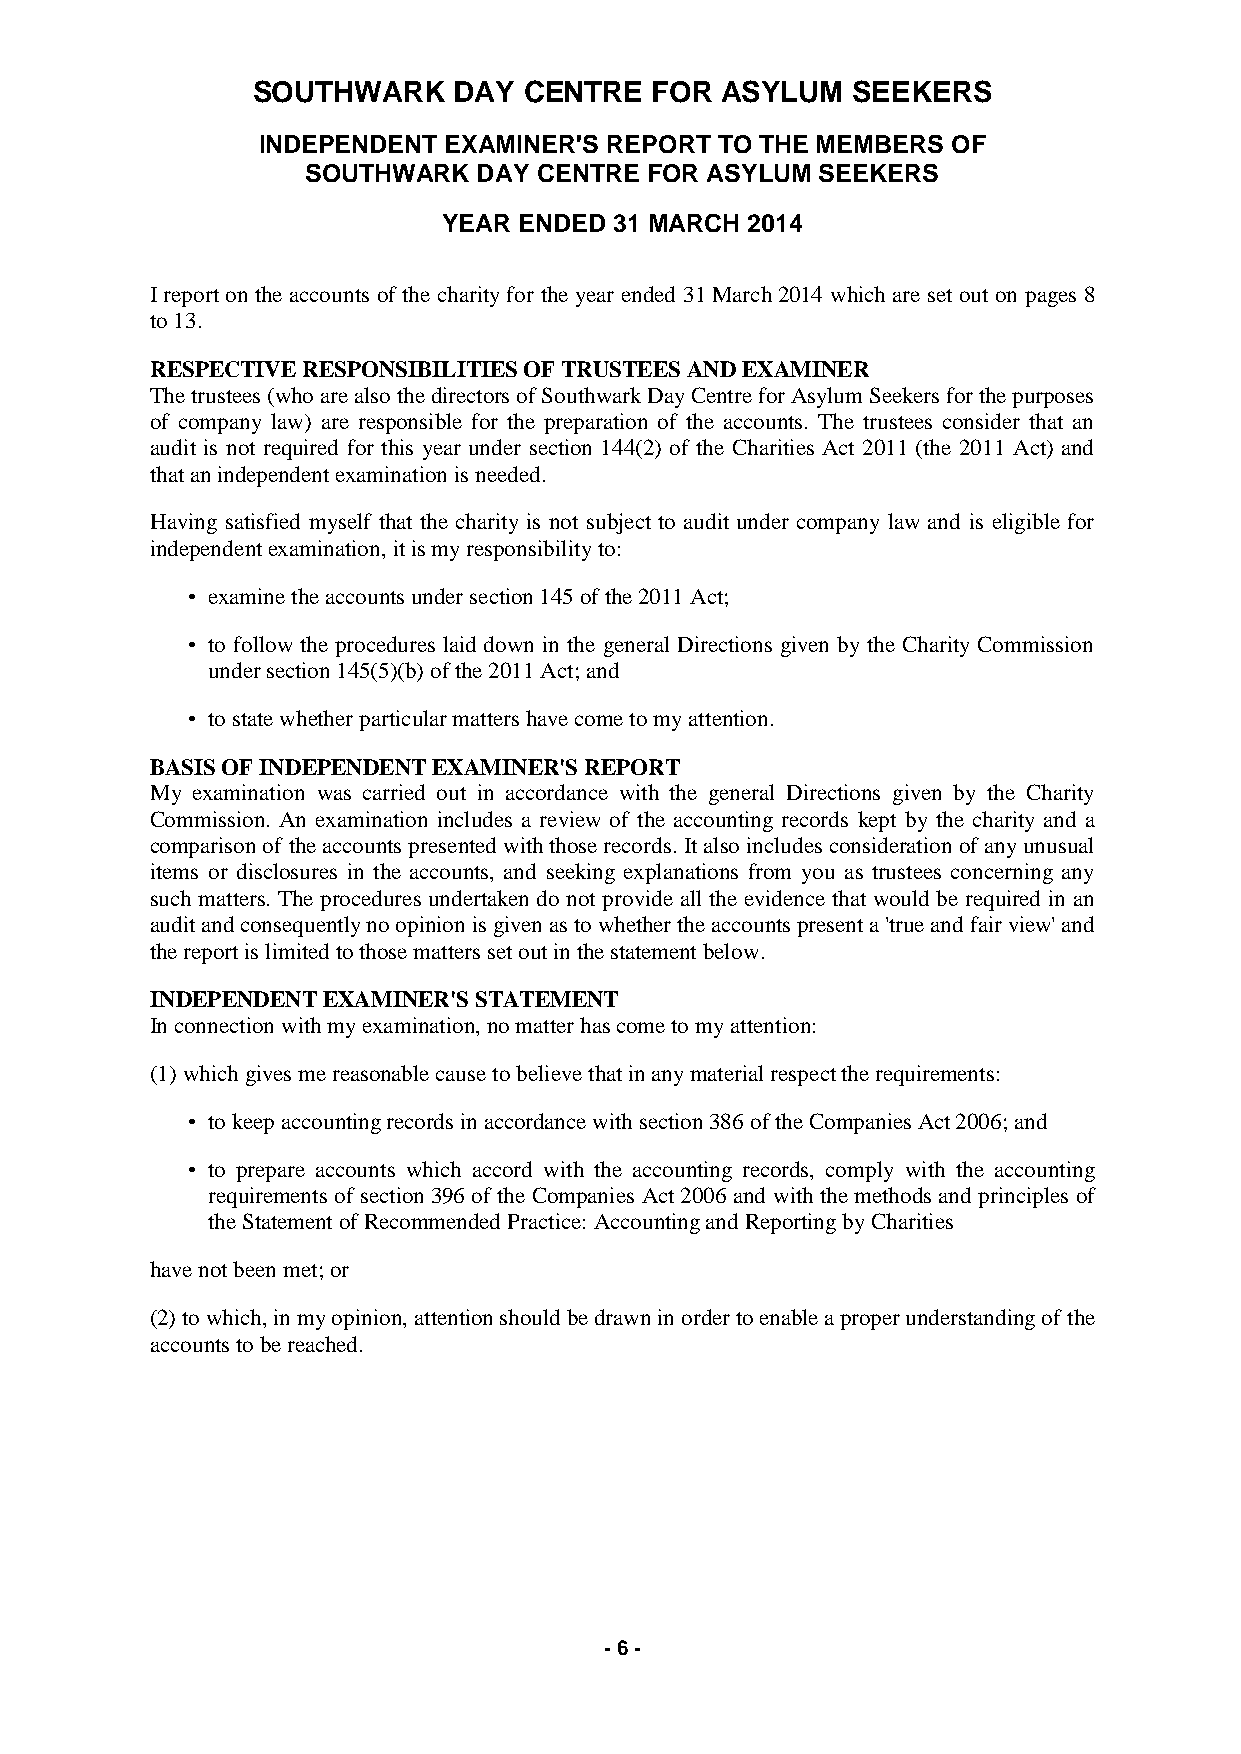
SOUTHWARK    DAY  CENTRE  FOR  ASYLUM  SEEKERS
 INDEPENDENT EXAMINER'S REPORT  TO THE MEMBERS OF
 SOUTHWARK   DAY CENTRE FOR ASYLUM SEEKERS
 YEAR ENDED  31 MARCH 2014
 I report on the accounts of the charity for the year ended 31 March 2014 which are set out on pages 8
 to 13.
 RESPECTIVE RESPONSIBILITIES OF TRUSTEES AND EXAMINER
 The trustees (who are also the directors of Southwark Day Centre for Asylum Seekers for the purposes
 of company law) are responsible for the preparation of the accounts. The trustees consider that an
 audit is not required for this year under section 144(2) of the Charities Act 2011 (the 2011 Act) and
 that an independent examination is needed.
 Having satisfied myself that the charity is not subject to audit under company law and is eligible for
 independent examination, it is my responsibility to:
 • examine the accounts under section 145 of the 2011 Act;
 • to follow the procedures laid down in the general Directions given by the Charity Commission
 under section 145(5)(b) of the 2011 Act; and
 • to state whether particular matters have come to my attention.
 BASIS OF INDEPENDENT EXAMINER'S REPORT
 My examination was carried out in accordance with the general Directions given by the Charity
 Commission. An examination includes a review of the accounting records kept by the charity and a
 comparison of the accounts presented with those records. It also includes consideration of any unusual
 items or disclosures in the accounts, and seeking explanations from you as trustees concerning any
 such matters. The procedures undertaken do not provide all the evidence that would be required in an
 audit and consequently no opinion is given as to whether the accounts present a 'true and fair view' and
 the report is limited to those matters set out in the statement below.
 INDEPENDENT EXAMINER'S STATEMENT
 In connection with my examination, no matter has come to my attention:
 (1) which gives me reasonable cause to believe that in any material respect the requirements:
 • to keep accounting records in accordance with section 386 of the Companies Act 2006; and
 • to prepare accounts which accord with the accounting records, comply with the accounting
 requirements of section 396 of the Companies Act 2006 and with the methods and principles of
 the Statement of Recommended Practice: Accounting and Reporting by Charities
 have not been met; or
 (2) to which, in my opinion, attention should be drawn in order to enable a proper understanding of the
 accounts to be reached.
 - 6 -